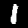
Label: 1